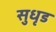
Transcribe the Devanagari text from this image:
सुधृड